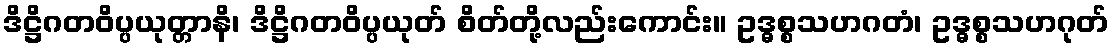
ဒိဋ္ဌိဂတဝိပ္ပယုတ္တာနိ၊ ဒိဋ္ဌိဂတဝိပ္ပယုတ် စိတ်တို့လည်းကောင်း။ ဥဒ္ဓစ္စသဟဂတံ၊ ဥဒ္ဓစ္စသဟဂုတ်